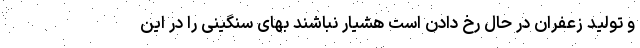
و تولید زعفران در حال رخ دادن است هشیار نباشند بهای سنگینی را در این